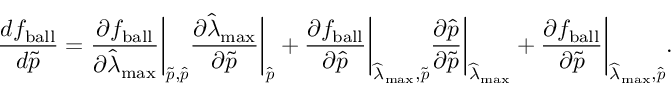
\frac { d f _ { \mathrm { { b a l l } } } } { d \widetilde { \boldsymbol { p } } } = \frac { \partial f _ { \mathrm { b a l l } } } { \partial \widehat { \lambda } _ { \mathrm { { m a x } } } } \bigg \lvert _ { \widetilde { \boldsymbol { p } } , \widehat { \boldsymbol { p } } } \frac { \partial \widehat { \lambda } _ { \mathrm { m a x } } } { \partial \widetilde { \boldsymbol { p } } } \bigg \lvert _ { \widehat { \boldsymbol { p } } } + \frac { \partial f _ { \mathrm { { b a l l } } } } { \partial \widehat { \boldsymbol { p } } } \bigg \lvert _ { \widehat { \lambda } _ { \mathrm { m a x } } , \widetilde { \boldsymbol { p } } } \frac { \partial \widehat { \boldsymbol { p } } } { \partial \widetilde { \boldsymbol { p } } } \bigg \lvert _ { \widehat { \lambda } _ { \mathrm { { m a x } } } } + \frac { \partial f _ { \mathrm { b a l l } } } { \partial \widetilde { \boldsymbol { p } } } \bigg \lvert _ { \widehat { \lambda } _ { \mathrm { { m a x } } } , \widehat { \boldsymbol { p } } } .